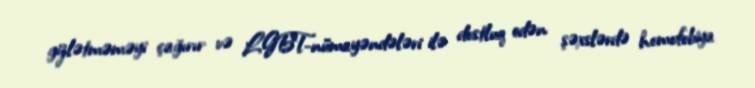
gizlətməməyi çağırır və LGBT-nümayəndələri ilə dostluq edən şəxslərdə homofobiya